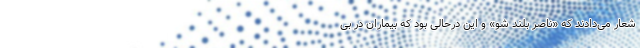
شعار می‌دادند که «ناصر بلند شو» و این درحالی بود که بیماران در بی